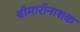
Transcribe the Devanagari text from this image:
बीमारीनाशक